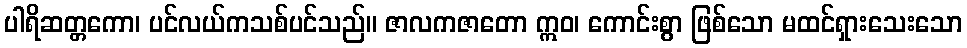
ပါရိဆတ္တကော၊ ပင်လယ်ကသစ်ပင်သည်။ ဇာလကဇာတော ဣဝ၊ ကောင်းစွာ ဖြစ်သော မထင်ရှားသေးသော